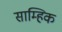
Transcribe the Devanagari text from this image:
साम्हिक